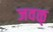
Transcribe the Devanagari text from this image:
जवळ्